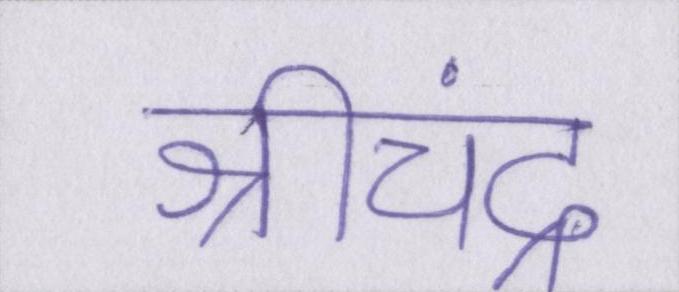
श्रीचंद्र